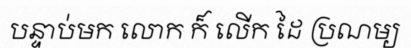
បន្ទាប់មក លោក ក៏ លើក ដៃ ប្រណម្យ